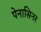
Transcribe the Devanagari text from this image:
पेनासिनर